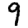
Digit: 9